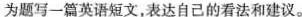
为题写一篇英语短文,表达自己的看法和建议.